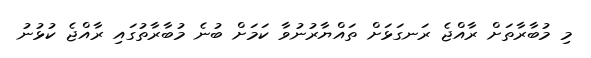
މި މުބާރާތަށް ރާއްޖެ ރަނގަޅަށް ތައްޔާރުނުވާ ކަމަށް ބުނެ މުބާރާތުގައި ރާއްޖެ ކުޅުނު